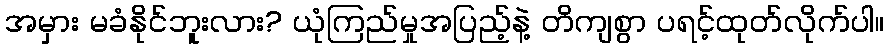
အမှား မခံနိုင်ဘူးလား? ယုံကြည်မှုအပြည့်နဲ့ တိကျစွာ ပရင့်ထုတ်လိုက်ပါ။